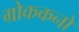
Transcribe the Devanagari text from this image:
ग्रोककनो